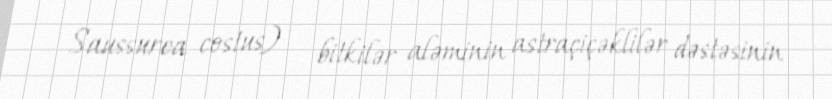
Saussurea costus) — bitkilər aləminin astraçiçəklilər dəstəsinin